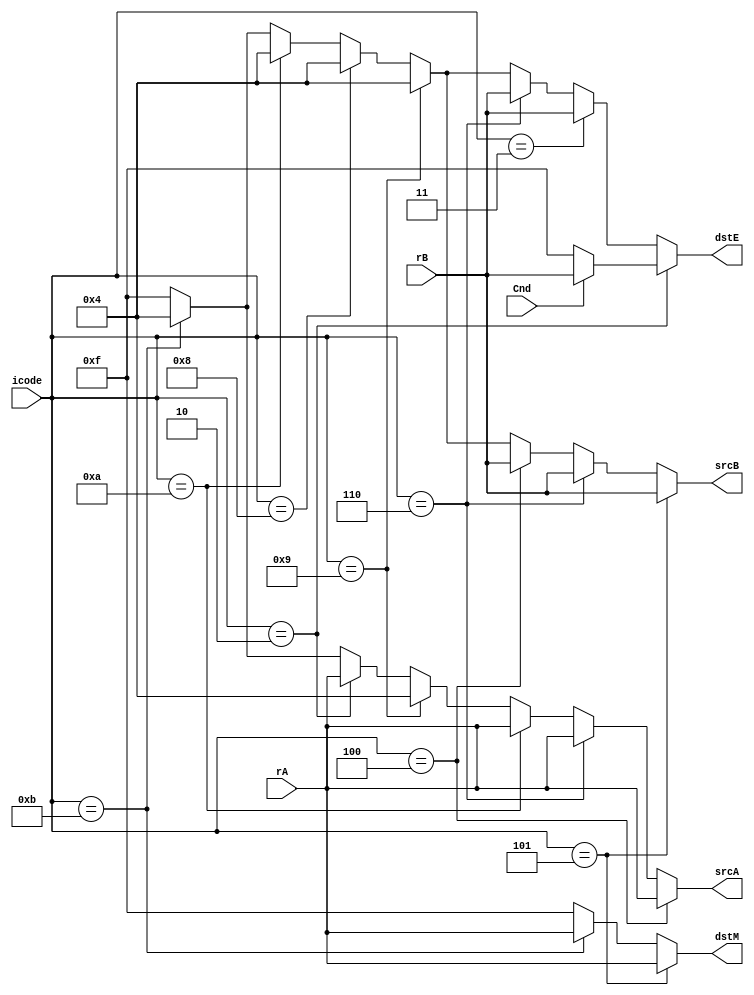
module decode(dstE,dstM,srcA,srcB,icode,rA,rB,Cnd);
 input [3:0] icode;
 input [3:0] rA;
 input [3:0] rB;
 input Cnd;


 output [3:0] srcA;
 output [3:0] srcB;
 output [3:0] dstE;
 output [3:0] dstM;

// These are the instructions
  parameter IHALT = 4'h0;
  parameter INOP = 4'h1;
  parameter IRRMOVQ = 4'h2;
  parameter IIRMOVQ = 4'h3;
  parameter IRMMOVQ = 4'h4;
  parameter IMRMOVQ = 4'h5;
  parameter IOPQ = 4'h6;
  parameter IJXX = 4'h7;
  parameter ICALL = 4'h8;
  parameter IRET = 4'h9;
  parameter IPUSHQ = 4'hA;
  parameter IPOPQ = 4'hB;

assign srcA = 
  icode == IRMMOVQ ? rA:
  icode == IOPQ ? rA:
  icode == IPUSHQ ? rA:
  icode == IRET ? 4'h4:
  icode == IRRMOVQ ? rA:
  icode == IPOPQ ? 4'h4 : 4'hf;

assign srcB = 
  icode == IMRMOVQ ? rB:
  icode == IOPQ ? rB:
  icode == IRMMOVQ ? rB:
  icode == IRET ? 4'h4:
  icode == ICALL ? 4'h4:
  icode == IPUSHQ ? 4'h4:
  icode == IPOPQ ? 4'h4 : 4'hf;

assign dstE = 
  icode == IRRMOVQ ? (Cnd ? rB : 4'hf):
  icode == IIRMOVQ ? rB:
  icode == IOPQ ? rB:
  icode == IRET ? 4'h4:
  icode == ICALL ? 4'h4:
  icode == IPUSHQ ? 4'h4:
  icode == IPOPQ ? 4'h4 : 4'hf;

assign dstM = 
  icode == IMRMOVQ ? rA:
  icode == IPOPQ ? rA: 4'hf;



endmodule